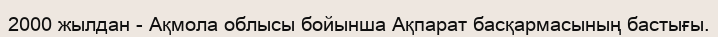
2000 жылдан - Ақмола облысы бойынша Ақпарат басқармасының бастығы.